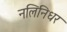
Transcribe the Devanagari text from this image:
नलिनिधर